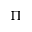
\Pi